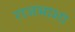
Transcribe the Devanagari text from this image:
राजभाशा